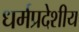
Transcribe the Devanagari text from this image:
धर्मप्रदेशीय